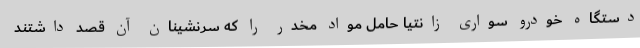
دستگاه خودرو سواری زانتیا حامل مواد مخدر را که سرنشینان آن قصد داشتند